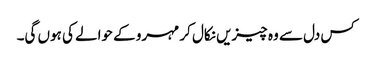
کس دل سے وہ چیزیں نکال کر مہرو کے حوالے کی ہوں گی۔